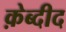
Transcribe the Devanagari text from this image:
क़ेब्दीद